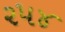
૨૫૪